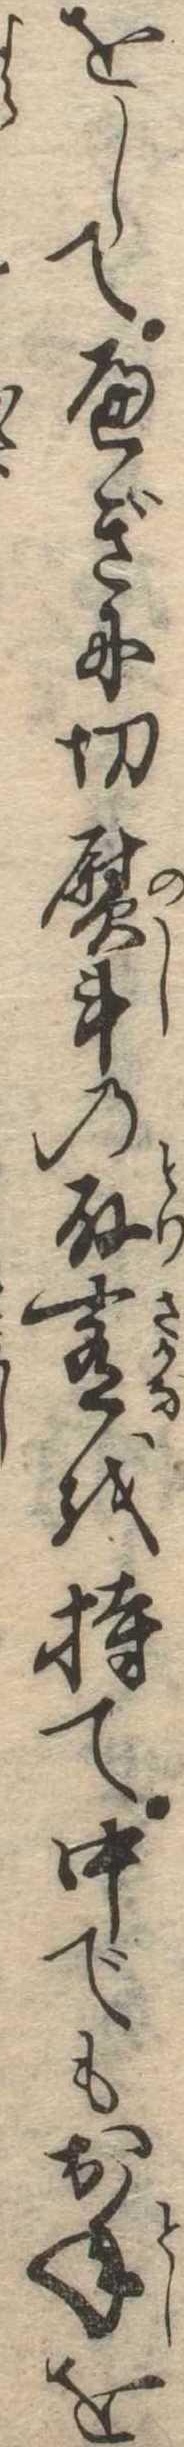
をしてへぎに切熨斗の取肴を持て中でもお年を